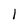
Character: 1